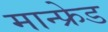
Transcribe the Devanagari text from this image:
मान्फ्रेड